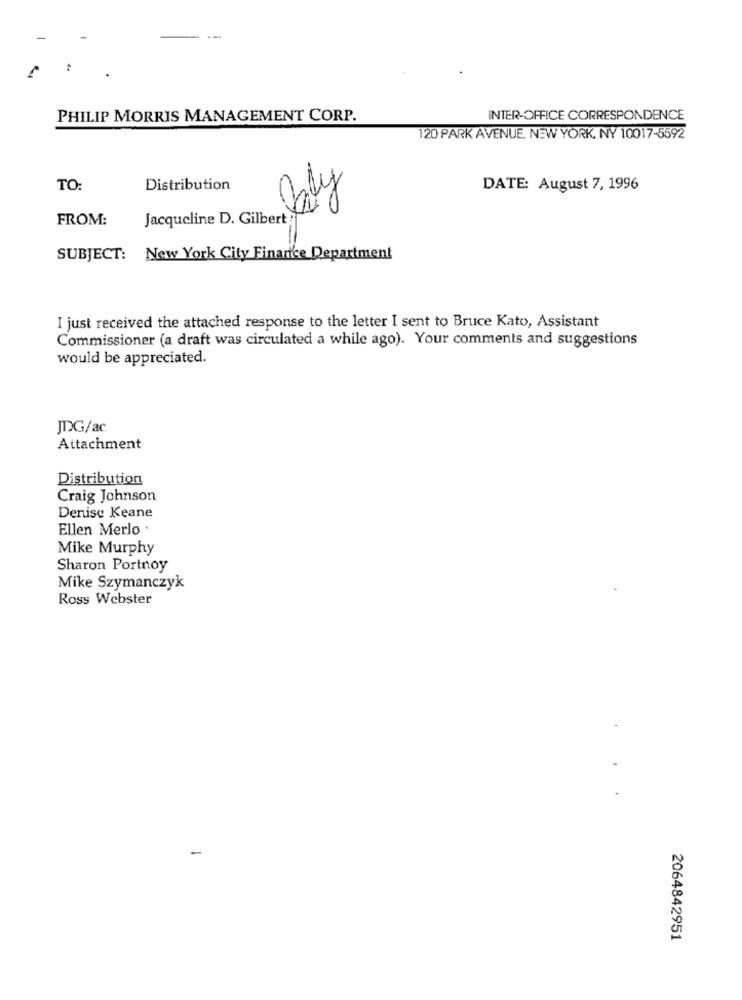
PHILIP MORRIS MANAGEMENT CORP.
INTER-OFFICE CORRESPONDENCE
120 PARK AVENUE, NEW YORK, NY 10017-5592
TO:
Distribution
DATE: August 7, 1996
Jaly
FROM:
Jacqueline D. Gilbert
SUBJECT: New York City Finance Department
I just received the attached response to the letter I sent to Bruce Kato, Assistant
Commissioner (a draft was circulated a while ago). Your comments and suggestions
would be appreciated.
JDG/ac
Attachment
Distribution
Craig Johnson
Denise Keane
Ellen Merlo .
Mike Murphy
Sharon Portnoy
Mike Szymanczyk
Ross Webster
2064842951